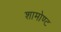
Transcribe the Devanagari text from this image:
शामोण्ट